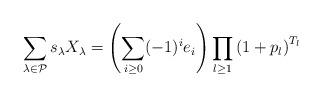
LaTeX: \begin{align*}\sum_{\lambda \in \mathcal{P}} s_\lambda X_\lambda = \left( \sum_{i \geq 0}(-1)^i e_i \right) \prod_{l \geq 1} \left( 1 + p_l\right)^{T_l}\end{align*}